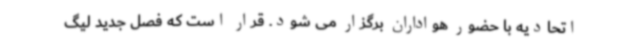
اتحادیه با حضور هواداران برگزار می شود. قرار است که فصل جدید لیگ